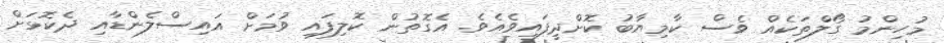
މުހިންމު ގޯލްތަކެއް ވެސް ކާމިޔާބު ކޮށްދީފައިވެއެވެ. އެގޮތުން ކޮލިފައި ވުމަށް އައިސްލެންޑާއި ދެކޮޅަށް